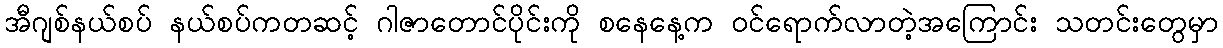
အီဂျစ်နယ်စပ် နယ်စပ်ကတဆင့် ဂါဇာတောင်ပိုင်းကို စနေနေ့က ဝင်ရောက်လာတဲ့အကြောင်း သတင်းတွေမှာ